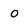
Character: O